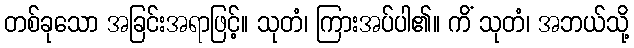
တစ်ခုသော အခြင်းအရာဖြင့်။ သုတံ၊ ကြားအပ်ပါ၏။ ကိံ သုတံ၊ အဘယ်သို့